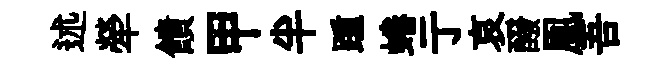
述犖饋甲半踵蜷亍哀醱凰吾